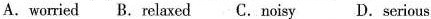
A.worried B. Relaxed C.Noisy D.Serious